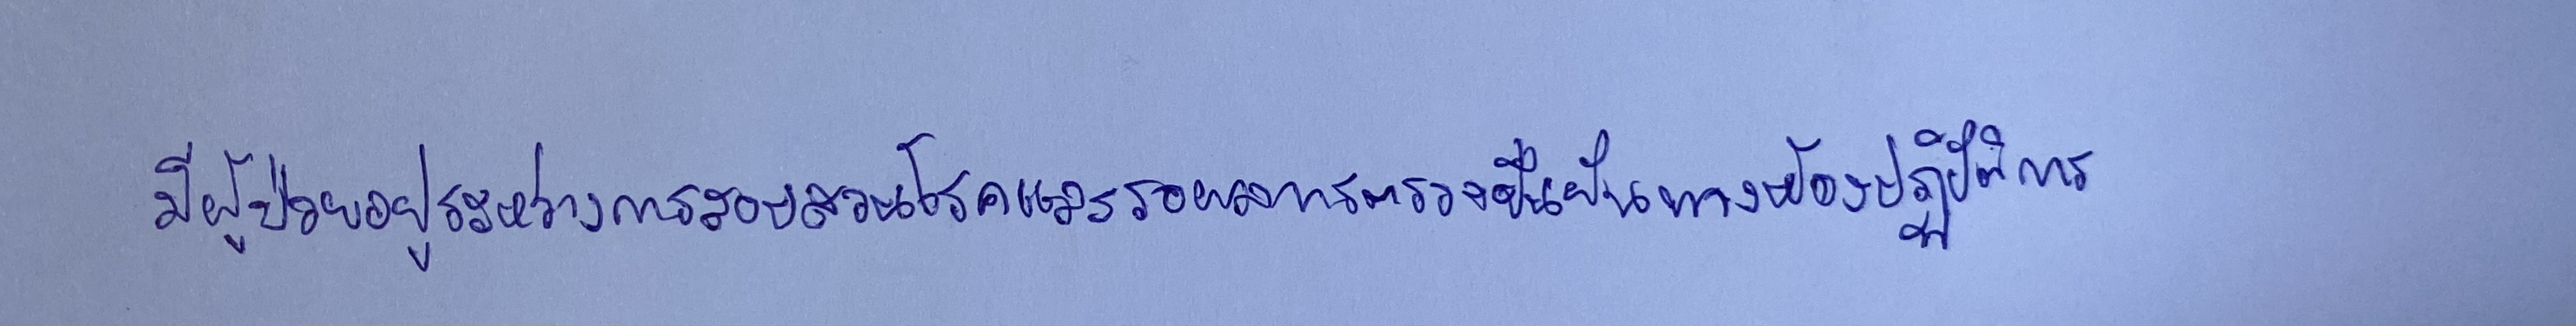
มีผู้ป่วยอยู่ระหว่างการสอบสวนโรคและรอผลการตรวจยืนยันทางห้องปฏิบัติการ